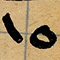
١٥